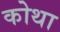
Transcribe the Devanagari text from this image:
कोथा